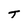
Character: t